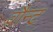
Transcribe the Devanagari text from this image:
वौन्ट